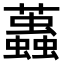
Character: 𧔴